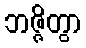
ဘဇ္ဇိတွာ